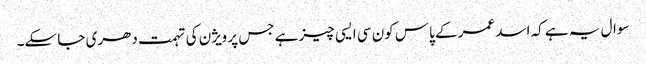
سوال یہ ہے کہ اسد عمر کے پاس کون سی ایسی چیز ہے جس پر ویژن کی تہمت دھری جا سکے۔